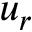
u _ { r }